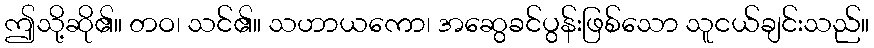
ဤသို့ဆို၏။ တဝ၊ သင်၏။ သဟာယကော၊ အဆွေခင်ပွန်းဖြစ်သော သူငယ်ချင်းသည်။